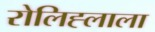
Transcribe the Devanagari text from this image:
रोलिह्लाला